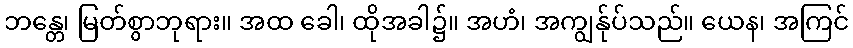
ဘန္တေ၊ မြတ်စွာဘုရား။ အထ ခေါ၊ ထိုအခါ၌။ အဟံ၊ အကျွန်ုပ်သည်။ ယေန၊ အကြင်